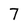
Character: 7